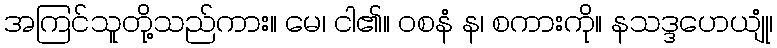
အကြင်သူတို့သည်ကား။ မေ၊ ငါ၏။ ဝစနံ န၊ စကားကို။ နသဒ္ဒဟေယျုံ၊